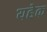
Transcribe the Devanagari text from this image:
यहेक